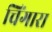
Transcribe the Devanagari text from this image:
चिंगारा